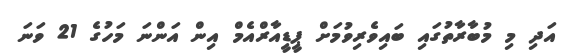
އަދި މި މުބާރާތުގައި ބައިވެރިވުމަށް ޕީޑީއާރްއެމް އިން އަންނަ މަހުގެ 21 ވަނަ